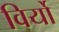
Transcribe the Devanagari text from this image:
विर्यो